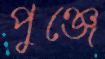
পুঞ্জে